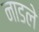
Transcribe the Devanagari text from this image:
नाडले